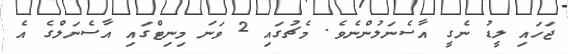
ޖަހައި ލީޑު ނެގީ އާސެނަލުންނެވެ. މެޗުގައި 2 ވަނަ މިނިޓްގައި އާސެނަލްގެ އެ